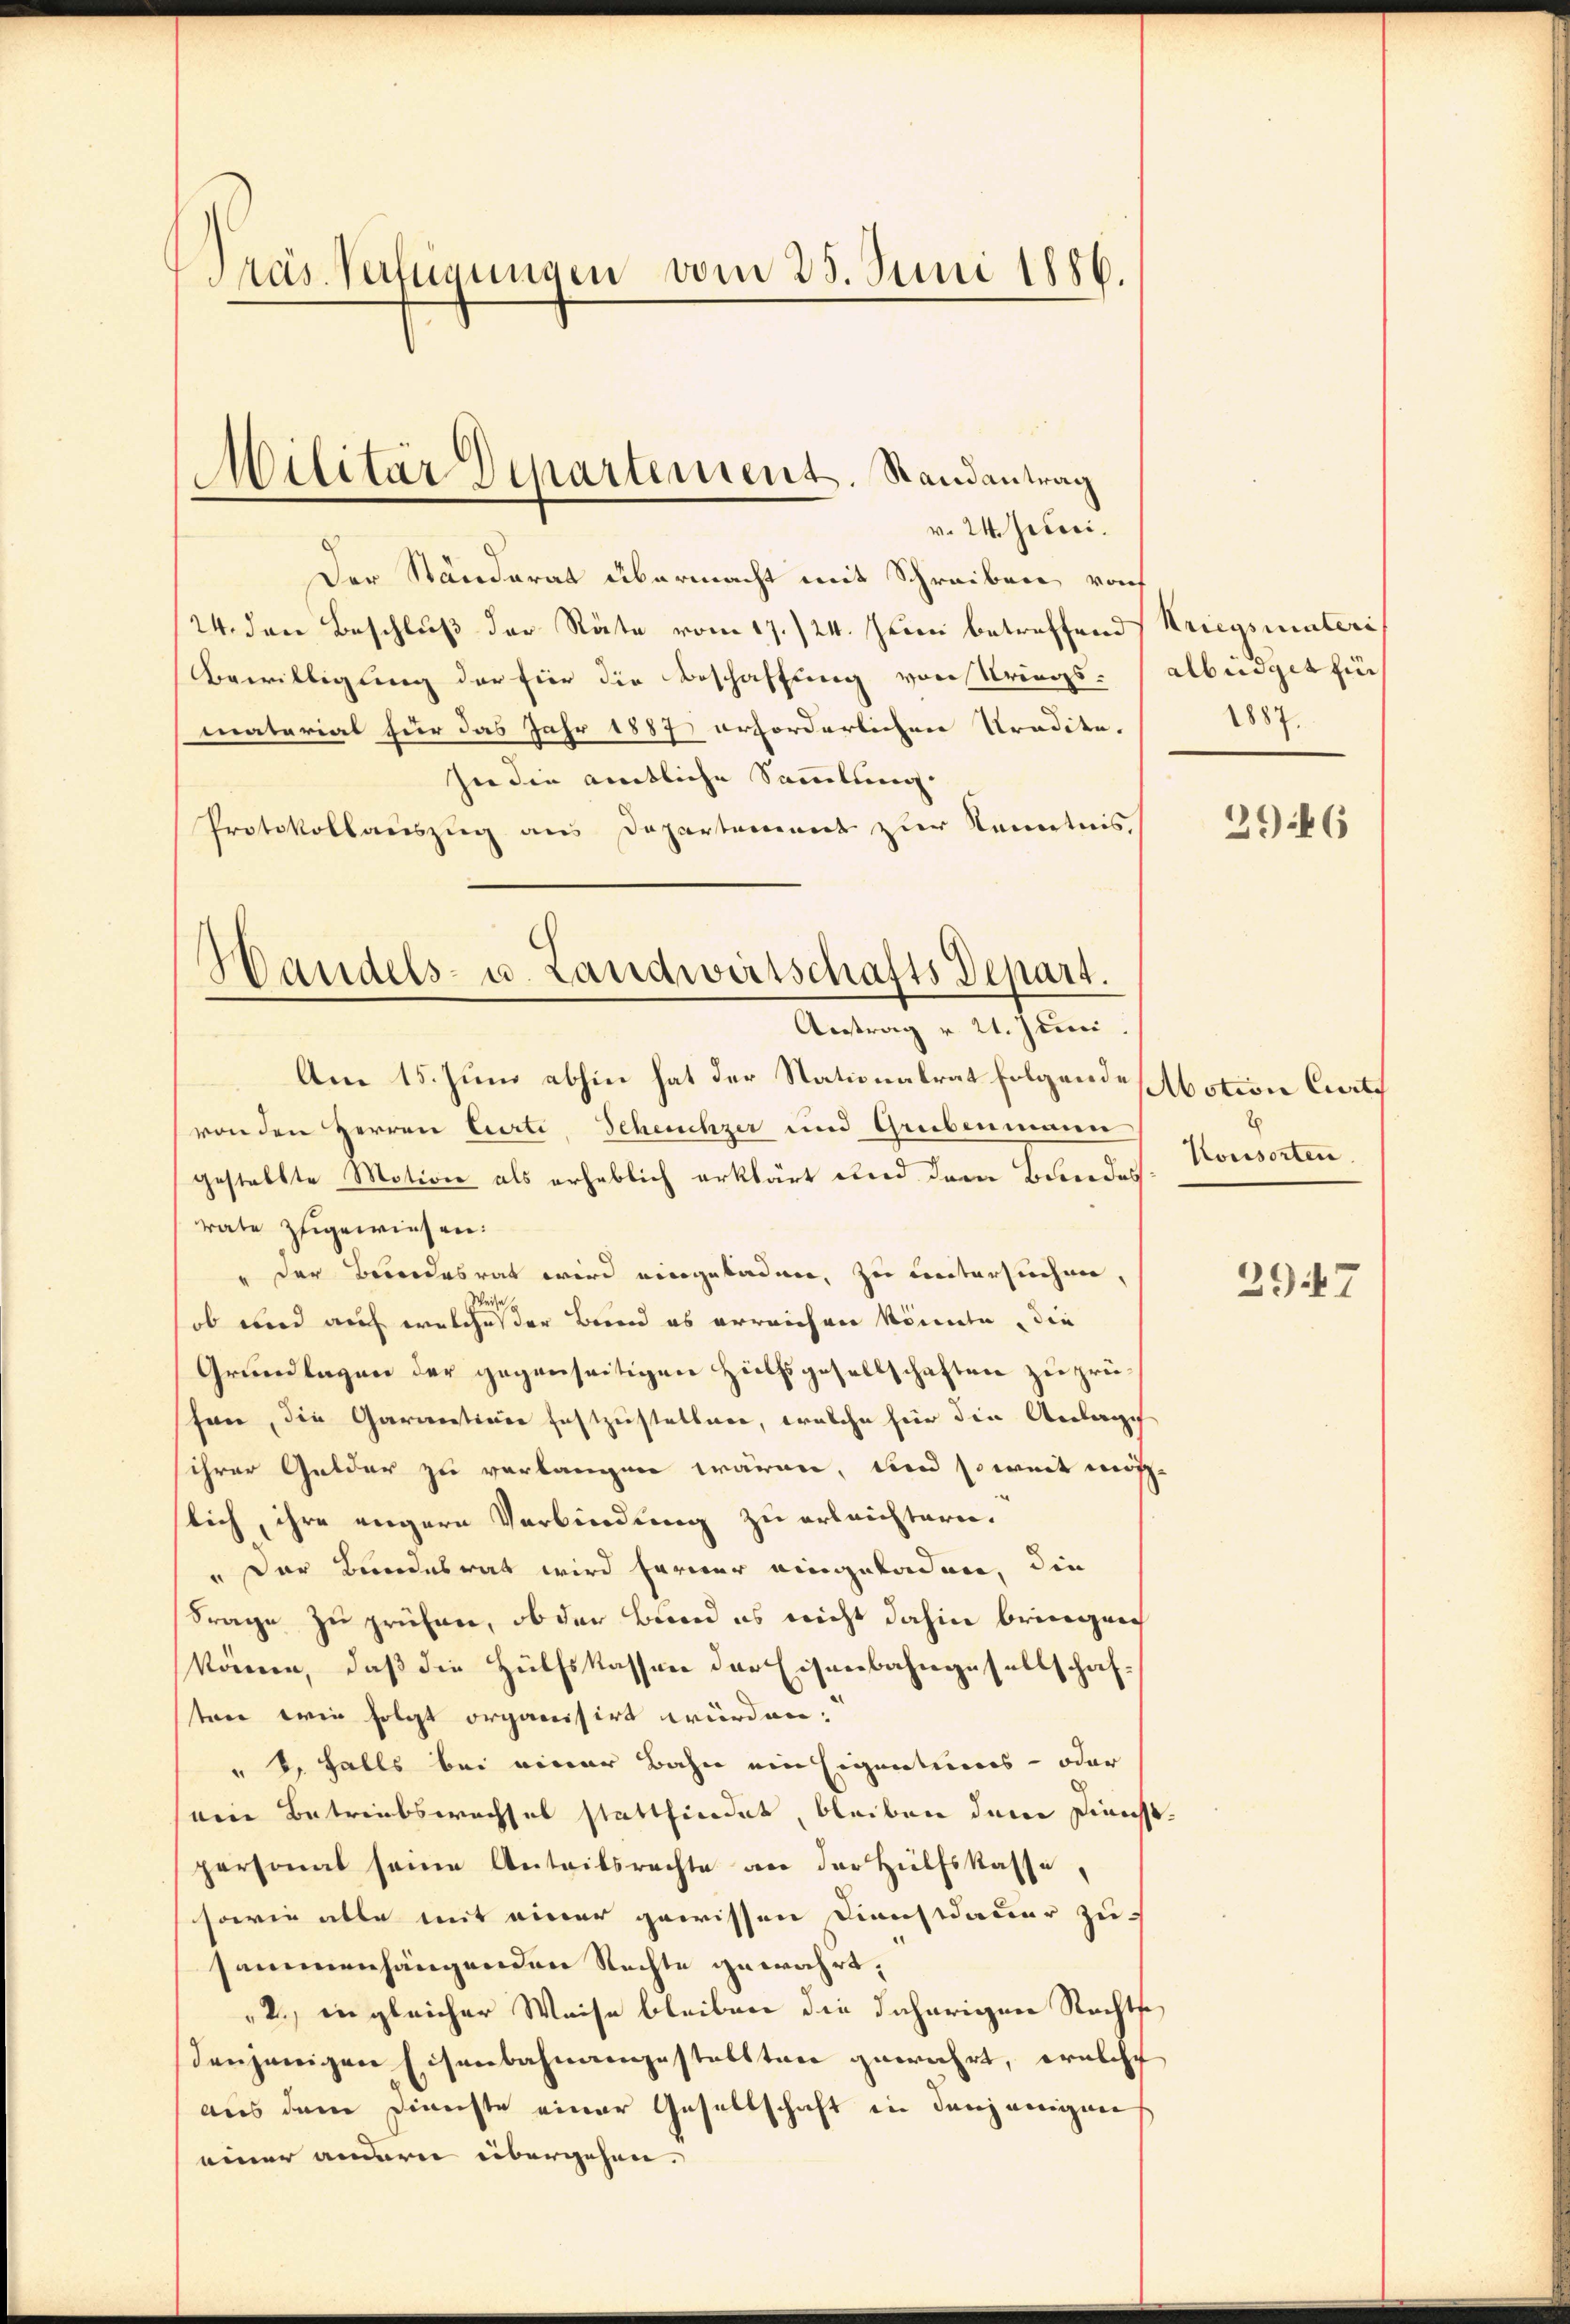
Präs. Verfügungen vom 25. Juni 1886.

Militär Departement. Randantrag

v. 24. Julii.
Der Ständerat übermacht mit Schreiben von
24. den Beschluß der Räte vom 17./24. Juni betreffend
Bewilligung der hier die Beschaffung von Kriegs-
materiat für das Jahr 1887 erforderlichen Tradite.
In die amtliche Sammlung.
Protokollauszug aus Departement zur Kenntnis
Am 15. Juni abhin hat der Stationalrat folgende
von den Herren Curti, Scheuchzer und Grubenmann
gestellte Motion als erheblich erklärt und dem Bundes
rate zugewiesen.
" der Bundesrat wird eingeladen, zu untersuchen,
eise
ob und auf welcheser Band es erreichen könnte, die
Grundlagen der gegenseitigen Hilfsgesellschaften zu prüschon, die Garantinie festzustellen, welche hier die Anlage
ihrer Gelder zu verlangen wären, und soweit möglich, ihre engere Verbindung zu erleichtern.
" Der Bundesrat wird ferner eingeladen, die
Frage zu prüfen, ob der Bund es nicht dahin bringrech
können, daß die Hülfskassen der Eisenbahngesellschaf-
ten wie folgt organisirt würden.
" 2. Falls bei einer Bahn ein Eigentions- oder
wein Betriebswechsel stattfindet, bleiben den Direch
personal seine Anteilsrechte an der Hülfskasse,
sowie alle mit einer gewissen Dienstdauer zusammenhängenden Rechte gewährt,
„2., in gleicher Weise bleiben die daherigen Rechtse
denjenigen Eisenbahnangestellten gewahrt, ernisch
aus dem Dienste einer Gesellschaft in denjenigen
einer andere übergehen.

¬
Handels- u. Landwirtschafts Depart.
Antrag v. 21. Juni.

Kriegsmaleri
albüdget für
1887.

2946

Motion Curti
Konsorten.

2947